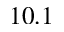
1 0 . 1